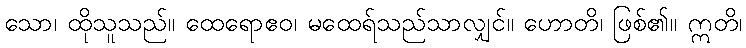
သော၊ ထိုသူသည်။ ထေရောဧဝ၊ မထေရ်သည်သာလျှင်။ ဟောတိ၊ ဖြစ်၏။ ဣတိ၊